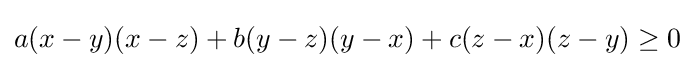
a(x-y)(x-z)+b(y-z)(y-x)+c(z-x)(z-y)\geq 0